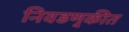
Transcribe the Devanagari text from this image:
निवडणु्कीत